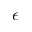
\epsilon